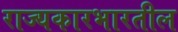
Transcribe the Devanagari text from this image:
राज्यकारभारतील